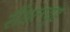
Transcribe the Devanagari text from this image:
सैंडलवुड